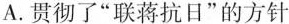
A.贯彻了”联蒋抗日”的方针